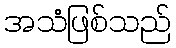
အသံဖြစ်သည်